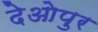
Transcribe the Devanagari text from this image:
देओपुर